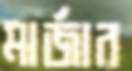
মার্জার